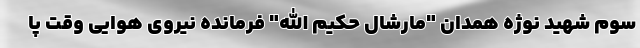
سوم شهید نوژه همدان "مارشال حکیم الله" فرمانده نیروی هوایی وقت پا